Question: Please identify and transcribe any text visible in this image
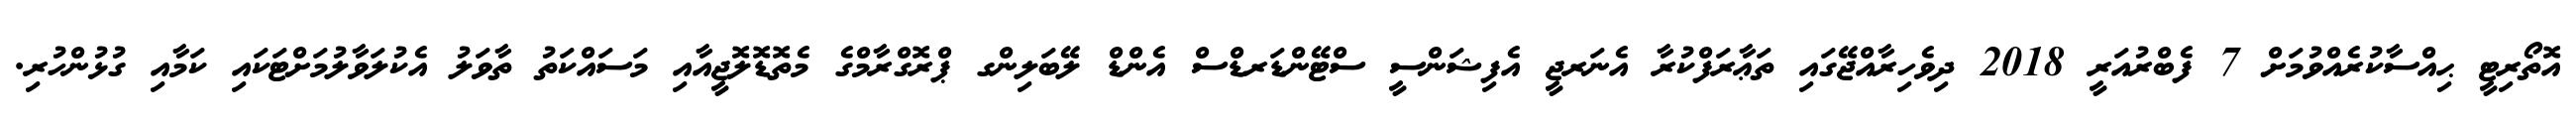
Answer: އޮތޯރިޓީ ޙިއްސާކުރެއްވުމަށް 7 ފެބްރުއަރީ 2018 ދިވެހިރާއްޖޭގައި ތަޢާރަފްކުރާ އެނަރޖީ އެފިޝަންސީ ސްޓޭންޑަރޑްސް އެންޑް ލޭބަލިންގ ޕްރޮގްރާމްގެ މެތޮޑޮލޮޖީއާއި މަސައްކަތު ތާވަލު އެކުލަވާލުމަށްޓަކައި ކަމާއި ގުޅުންހުރި.